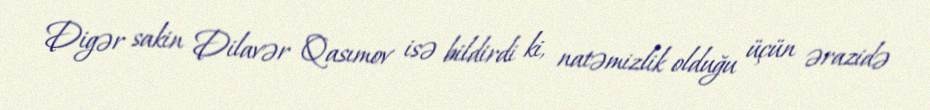
Digər sakin Dilavər Qasımov isə bildirdi ki, natəmizlik olduğu üçün ərazidə